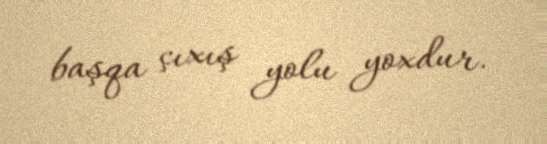
başqa çıxış yolu yoxdur.